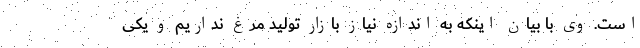
است. وی با بیان اینکه به اندازه نیاز بازار تولید مرغ نداریم و یکی